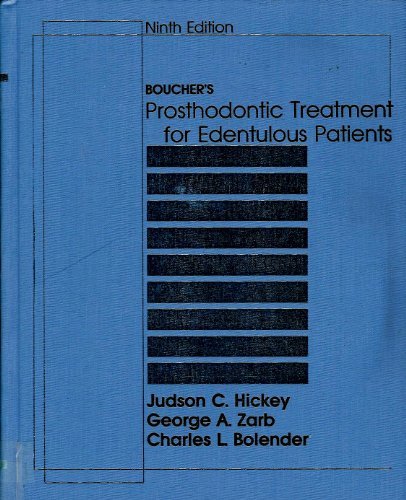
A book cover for Boucher's Prosthodontic Treatment for Edentulous Patients; Carl O. Boucher; Medical Books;